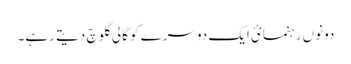
دونوں رہنمائ ایک دوسرے کو گالی گلوچ دیتے رہے۔